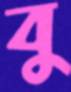
বু